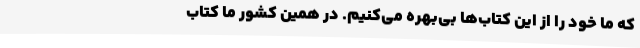
که ما خود را از این کتاب‌ها بی‌بهره می‌کنیم. در همین کشور ما کتاب